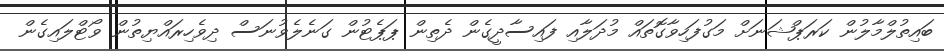
ބައިތުލްމާލުން ކަރަޕްޝަނަށް މަގުފަހިވާގޮތައް މުދަލާއި ފައިސާދީގެން ދެތިން ޕަޕެޓުން ގަނެލެވުނަސް ދިވެހިރައްޔިތުން ވޯޓްލައިގެން